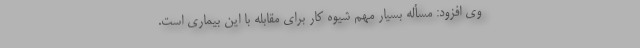
وی افزود: مسأله بسیار مهم شیوه کار برای مقابله با این بیماری است.